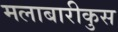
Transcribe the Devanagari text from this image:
मलाबारीकुस